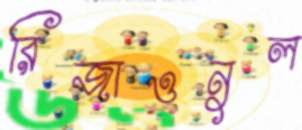
রিজাওনুল